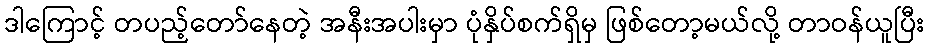
ဒါကြောင့် တပည့်တော်နေတဲ့ အနီးအပါးမှာ ပုံနှိပ်စက်ရှိမှ ဖြစ်တော့မယ်လို့ တာဝန်ယူပြီး